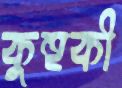
কুহুকী